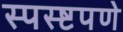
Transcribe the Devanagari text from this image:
स्पस्ष्टपणे